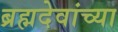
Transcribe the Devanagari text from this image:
ब्रह्मदेवांच्या